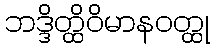
ဘဒ္ဒိတ္ထိဝိမာနဝတ္ထု